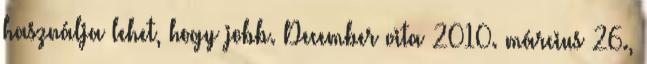
használja lehet, hogy jobb. December vita 2010. március 26.,